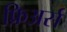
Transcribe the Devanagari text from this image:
फ्रिअर्स